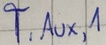
Text: T,AUX1